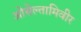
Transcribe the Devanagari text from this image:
ओसेल्तामिवीर